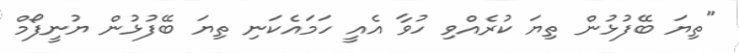
"ތިޔަ ބޭފުޅުން ތިޔަ ކުރެއްވި ހުވާ އެއީ ހަމައެކަނި ތިޔަ ބޭފުޅުން ޔުނީފޯމް